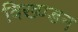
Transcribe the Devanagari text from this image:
विख्ण्डन